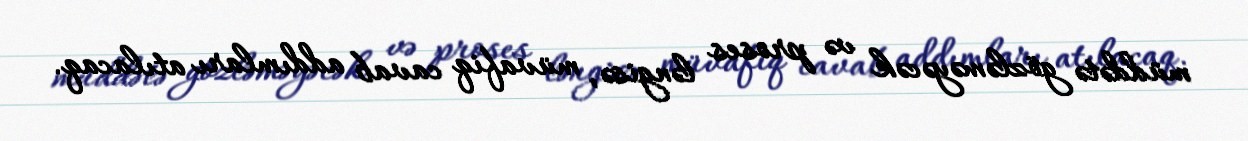
müddətə gözləməyəcək və proses ləngisə, müvafiq cavab addımları atılacaq.